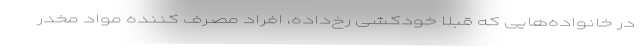
در خانواده‌هایی که قبلاً خودکشی رخ‌داده، افراد مصرف کننده مواد مخدر